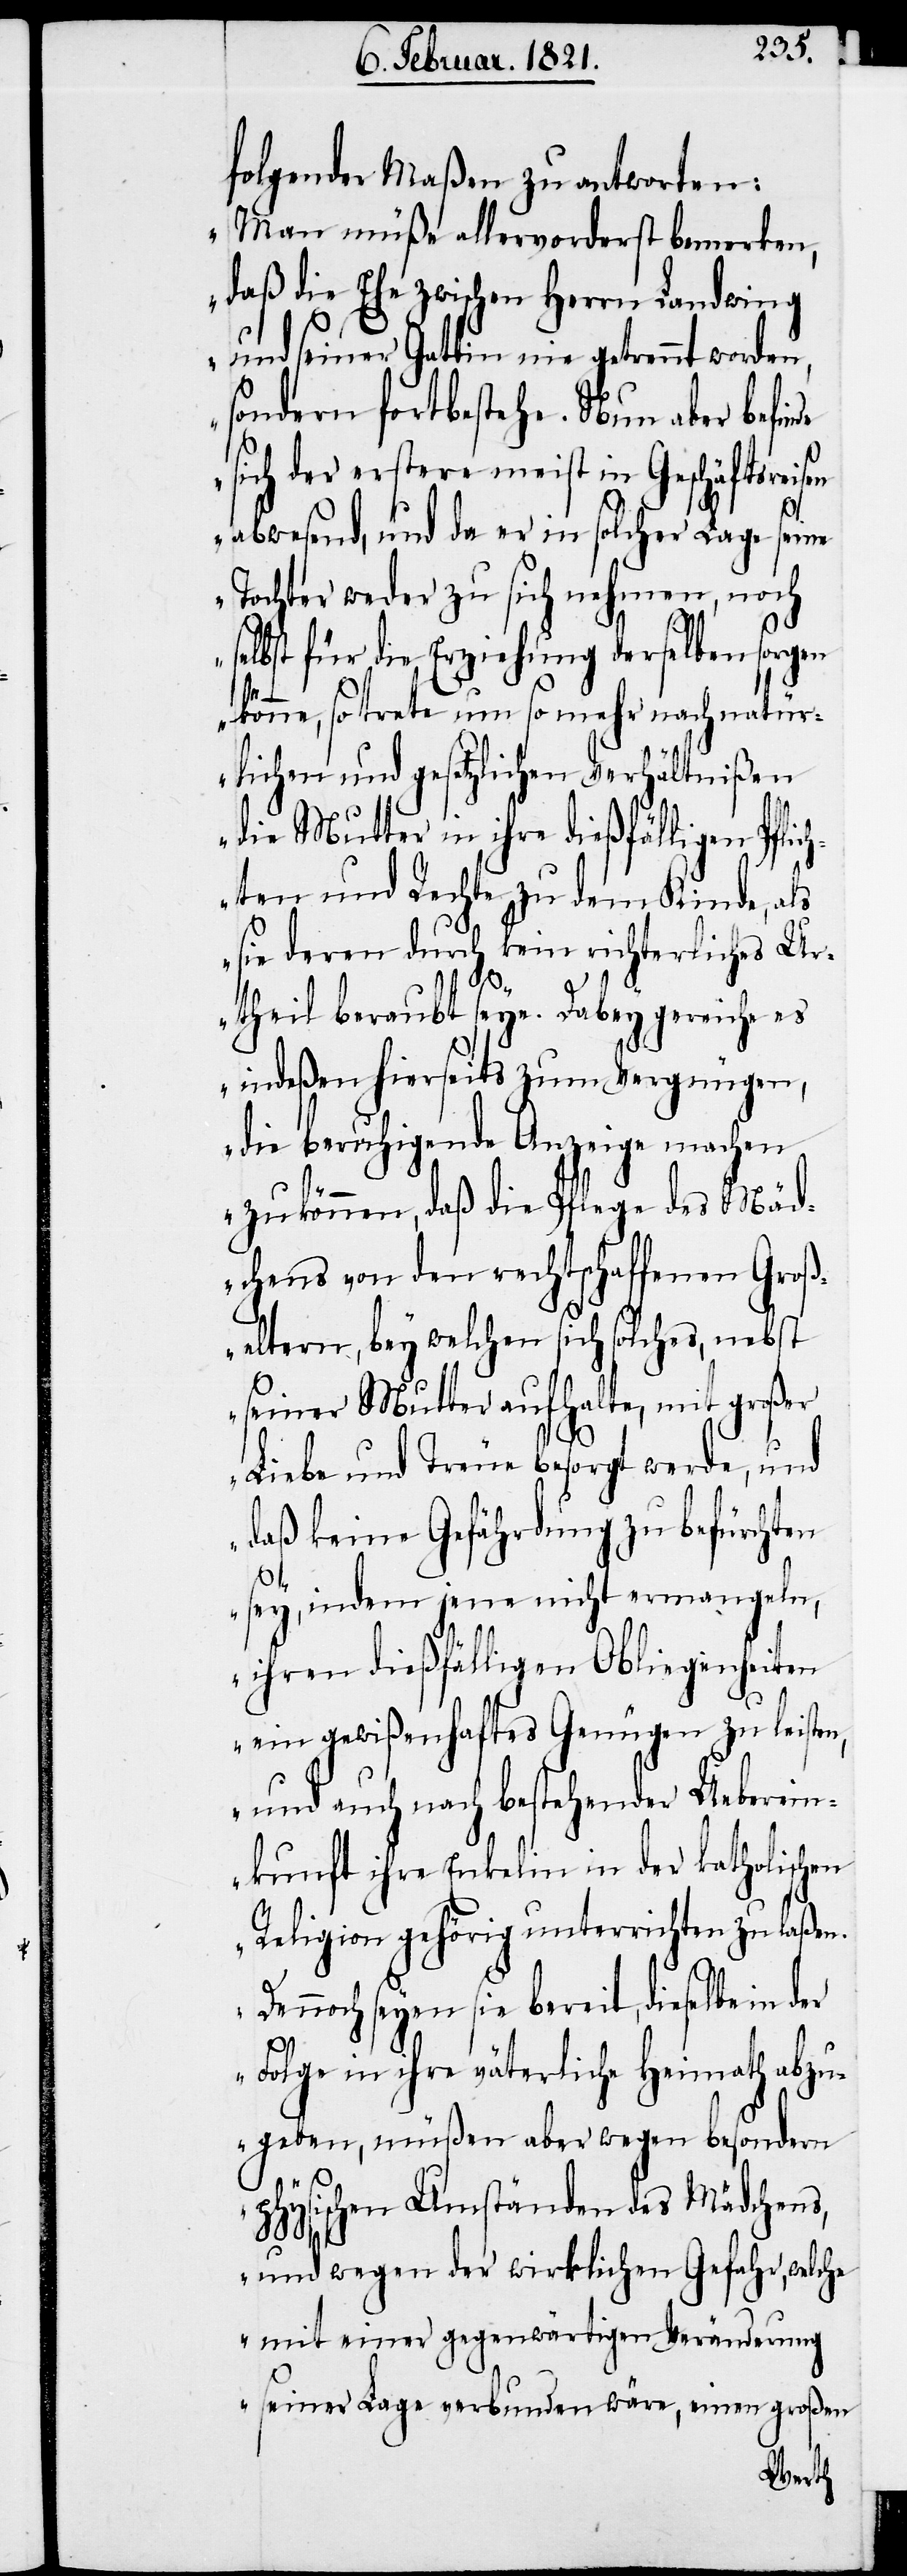
folgender Maßen zu antworten:
„Man müße allervorderst bemerken,
daß die Ehe zwischen Herrn Landwing
und seiner Gattin nie getrennt worden,
sondern fortbestehe. Nun aber befin¬
sich der erstere meist in Geschäftsreisen
abwesend, und da er in solcher Lage seine
Tochter weder zu sich nehmen, noch
selbst für die Erziehung derselben sorgen
der
könne, so trete um so mehr nach natür¬
lichen und gesetzlichen Verhältnißen
die Mutter in ihre dießfällige Pflic¬
hten und Rechte zu dem Kinde, als
sie deren durch kein richterliches Ur¬
theil beraubt seye. Dabey gereiche es
indeßen hierseits zum Vergnügen,
die beruhigende Anzeige machen
zu können, daß die Pflege des Mäd¬
chens von den rechtschaffenen Groß¬
eltern, bey welchen sich solches, nebst
seiner Mutter aufhalte, mit große¬
r Liebe und Treue besorgt werde, und
daß keine Gefährdung zu befürchten
sey, indem jene nicht ermangeln,
ihren dießfälligen Obliegenheiten
ein gewißenhaftes Genüge zu leisten,
und auch nach bestehender Ueberein¬
kunft ihre Enkelin in der katholischen
Religion gehörig unterrichten zu laßen.
Dennoch seyen sie bereit, dieselbe in
Folge in ihre väterliche Heimath abzu¬
geben, müßen aber wegen besondern
physischen Umständen des Mädchens
und wegen der wirklichen Gefahr, welche
mit einer gegenwärtigen Veränderung
seiner Lage verbunden wäre, einen großen